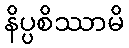
နိပ္ပစိဿာမိ